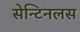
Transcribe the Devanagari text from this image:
सेन्टिनलस